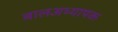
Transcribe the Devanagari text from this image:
बालअध्यापक